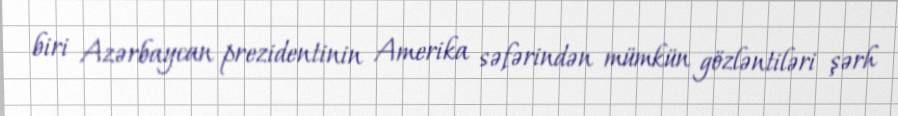
biri Azərbaycan prezidentinin Amerika səfərindən mümkün gözləntiləri şərh